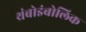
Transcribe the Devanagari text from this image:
थ्रंबोइंबोलिक